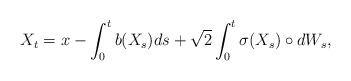
LaTeX: \begin{align*}X_t=x-\int_0^t b(X_s)ds + \sqrt{2}\int_0^t\sigma(X_s) \circ dW_s,\end{align*}